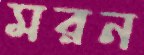
মরন